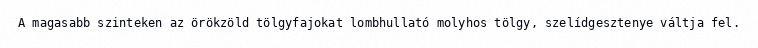
A magasabb szinteken az örökzöld tölgyfajokat lombhullató molyhos tölgy, szelídgesztenye váltja fel.